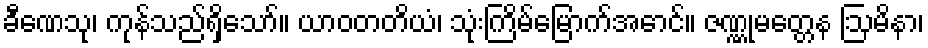
ခီဏေသု၊ ကုန်သည်ရှိသော်။ ယာဝတတိယံ၊ သုံးကြိမ်မြောက်အောင်။ ဇဏ္ဏုမတ္တေန ဩမိနာ၊